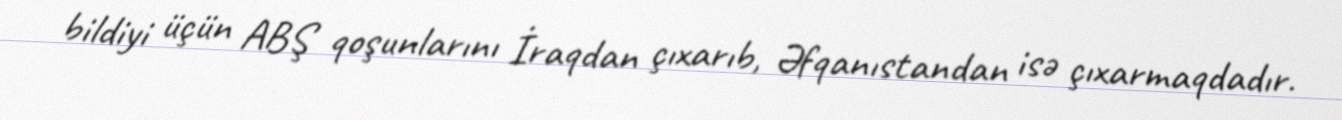
bildiyi üçün ABŞ qoşunlarını İraqdan çıxarıb, Əfqanıstandan isə çıxarmaqdadır.